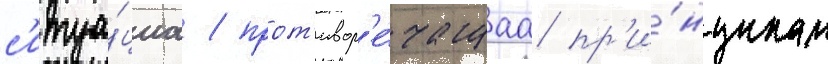
с'итуа́циа / прот'ивор'е́чащаа пр'и́нципам